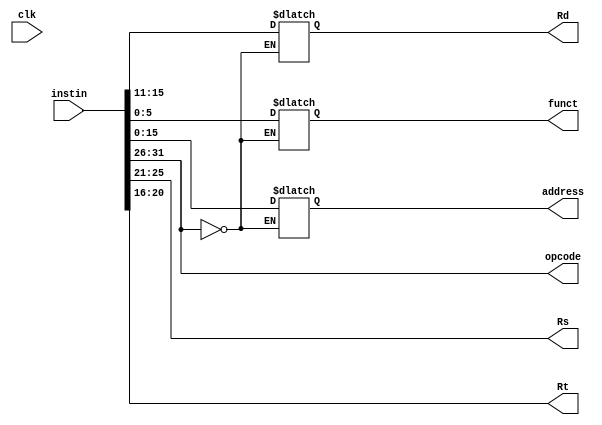
//output of instruction set ie. 'inst' is the input to decoder as 'instin'
module decoder(clk, opcode,Rs,Rt,Rd,funct,address,instin);

input clk;
input [31:0] instin;
output [5:0] opcode;
output [4:0] Rs;
output [4:0] Rt;
output [4:0] Rd;
output [5:0] funct;
output [15:0] address;
reg [4:0] Rs;
reg [4:0] Rt;
reg [4:0] Rd;
reg [5:0] funct;
reg [15:0] address;

//initial begin
//$monitor("%d %d %d",Rs,Rt,Rd);
//end

assign opcode=instin[31:26];

always @ (instin)
    case(opcode)    
        6'b000000: begin
            Rs=instin[25:21];
            Rt=instin[20:16];
            Rd=instin[15:11];
            //not considering shamt
            funct=instin[5:0];
        end
        
        default: begin
            Rs=instin[25:21];
            Rt=instin[20:16];
            address=instin[15:0];
        end
    
    endcase
	
endmodule